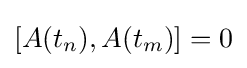
[A(t_{n}),A(t_{m})]=0